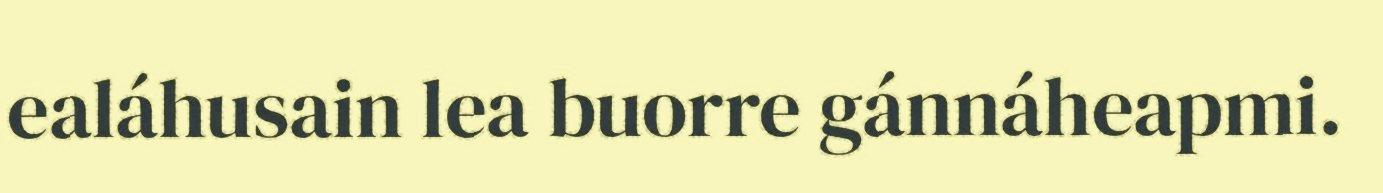
ealáhusain lea buorre gánnáheapmi.